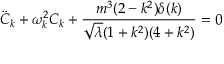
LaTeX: { \ddot { C } } _ { k } + \omega _ { k } ^ { 2 } C _ { k } + \frac { m ^ { 3 } ( 2 - k ^ { 2 } ) \delta ( k ) } { { \sqrt \lambda } ( 1 + k ^ { 2 } ) ( 4 + k ^ { 2 } ) } = 0